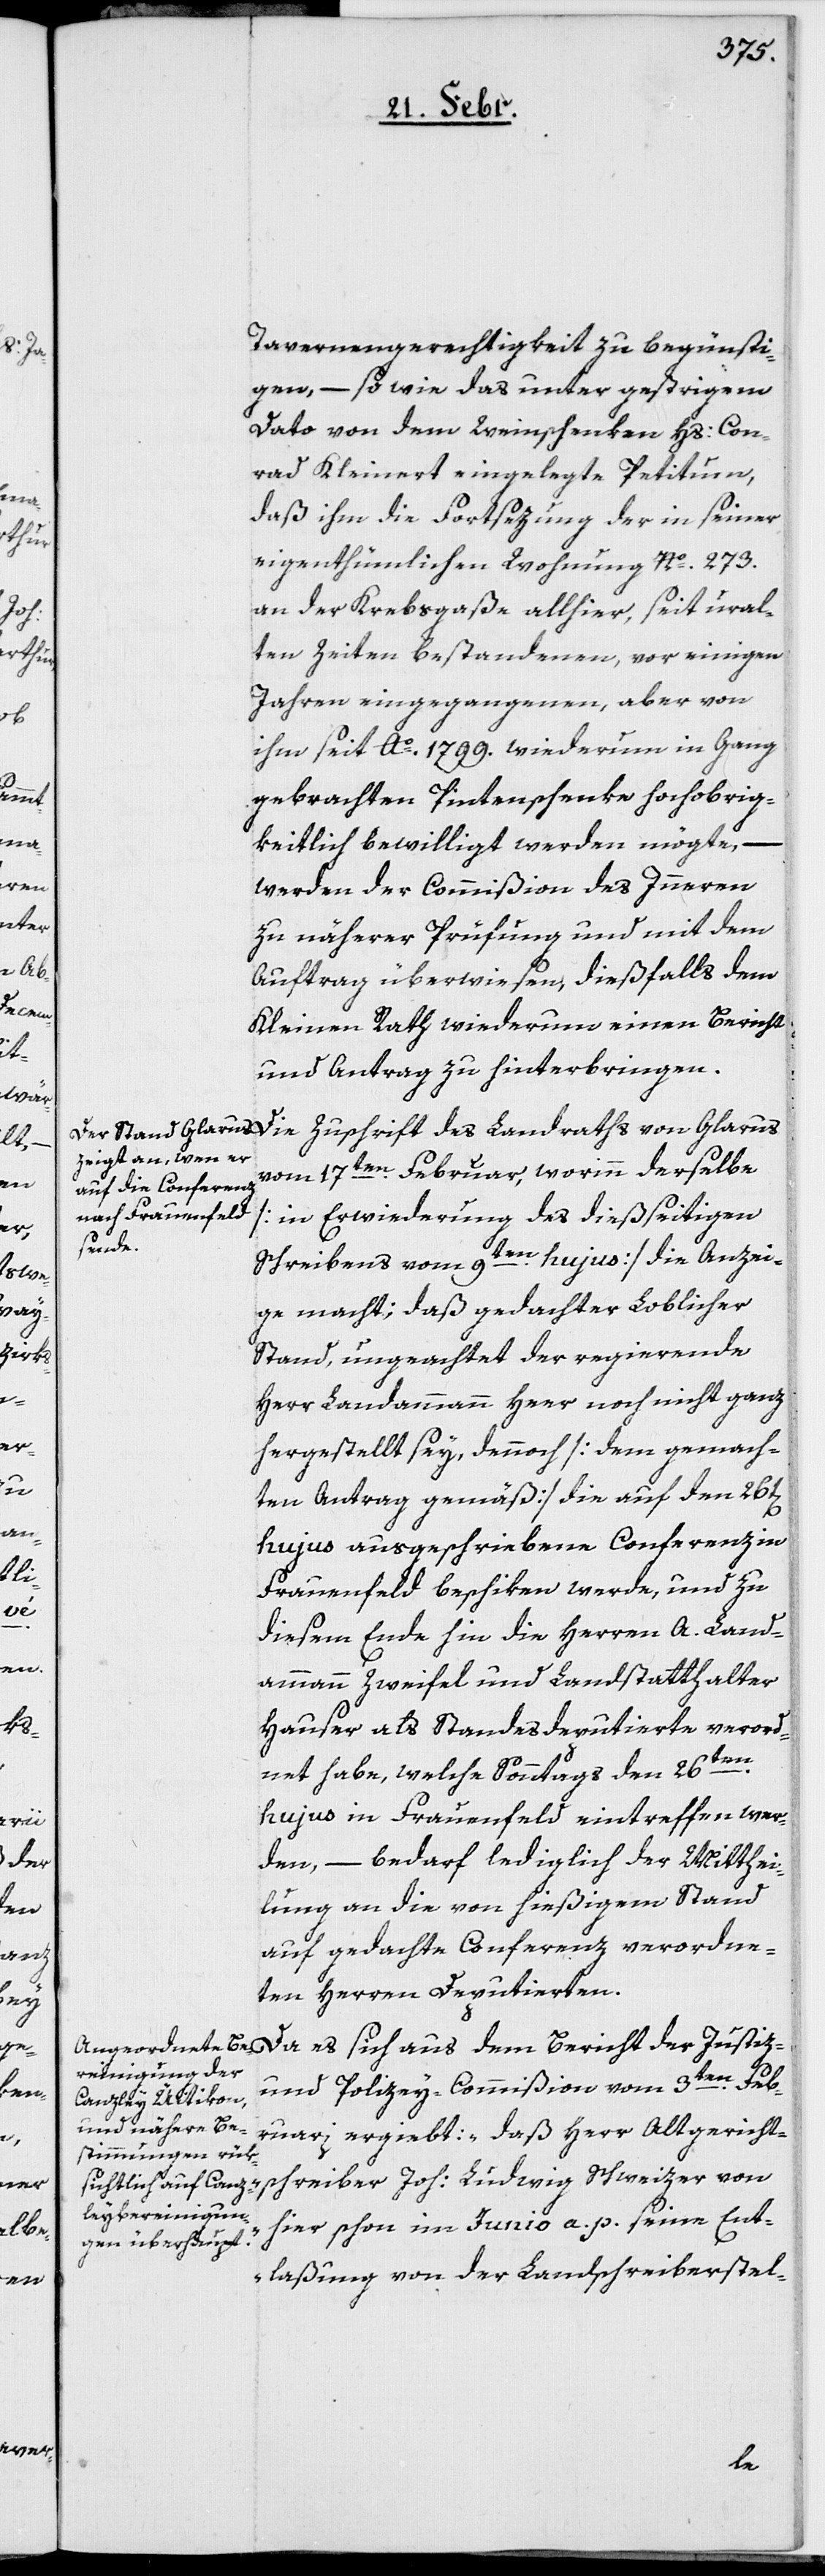
Tavernengerechtigkeit zu begünsti¬
gen, – so wie das unter gestrigem
Dato von dem Weinschenken Hs. Con¬
rad Kleinert eingelegte Petitum,
daß ihm die Fortsezung der in seiner
eigenthümlichen Wohnung Nº 273.
an der Krebsgaße allhier, seit ural¬
ten Zeiten bestandenen, vor einigen
Jahren eingegangenen, aber von
ihm seit Ao. 1799. wiederum in Gang
gebrachten Pintenschenke hochobrig¬
keitlich bewilligt werden möchte, –
werden der Commißion des Innern
zu näherer Prüfung und mit dem
Auftrag überwiesen, dießfalls dem
Kleinen Rath wiederum einen Bericht
und Antrag zu hinterbringen.
vom 17ten. Februar, worinn derselbe
[in Erwiderung des dießseitigen
Schreibens vom 9ten. hujus] die Anzei¬
ge macht, daß gedachter Loblicher
Stand, ungeachtet der regierende
Herr Landammann Heer noch nicht ganz
hergestellt sey, dennoch [dem gemach¬
ten Antrag gemäß] die auf den 26t[en]
hujus ausgeschriebene Conferenz in
Frauenfeld beschiken werde, und zu
diesem Ende hin die Herren A. Land¬
ammann Zweifel und Landstatthalter
Hauser als Standesdeputierte verord¬
net habe, welche Sonntags den 26ten.
hujus in Frauenfeld eintreffen wer¬
den, – bedarf lediglich der Mitthei¬
lung an die von hießigem Stand
auf gedachte Conferenz verordne¬
ten Herren Deputierten.
Da es sich aus dem Bericht der Justiz-
und Polizey-Commißion vom 3ten. Feb¬
ruari ergiebt: „daß Herr Altgericht¬
schreiber Joh. Ludwig Schweizer von
hier schon im Junio a. p. seine Ent¬
laßung von der Landschreiberstel-
des